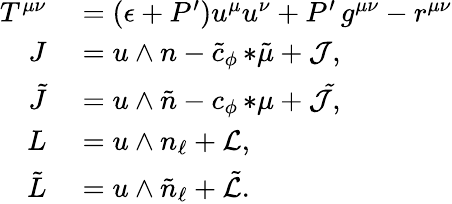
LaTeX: \begin{array}{rl}{T^{\mu\nu}}&{{}=(\epsilon+P^{\prime})u^{\mu}u^{\nu}+P^{\prime}\, g^{\mu\nu}-r^{\mu\nu}}\\ {J}&{{}=u\wedge n-\tilde{c}_{\phi}\, {*\tilde{\mu}}+{\cal J},}\\ {\tilde{J}}&{{}=u\wedge\tilde{n}-c_{\phi}\, {*\mu}+{\cal\tilde{J}},}\\ {L}&{{}=u\wedge n_{\ell}+{\cal L},}\\ {\tilde{L}}&{{}=u\wedge\tilde{n}_{\ell}+\tilde{\cal L}.}\end{array}